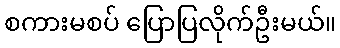
စကားမစပ် ပြောပြလိုက်ဦးမယ်။